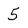
Character: 5